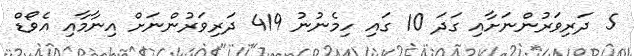
5 ދަރިވަރުންނަށާއި ގަދަ 10 ގައި ހިމެނުނު 419 ދަރިވަރުންނަށް އިނާމާއި އެވޯޑް